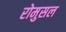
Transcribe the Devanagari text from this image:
रोमुसल